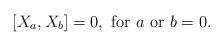
\begin{align*}[ X_{a},X_{b}]=0,{\textnormal{ for }} a {\textnormal{ or }} b = 0.\end{align*}